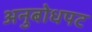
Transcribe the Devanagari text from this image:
अनुबोधपट